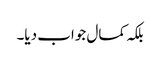
بلکہ کمال جواب دیا۔